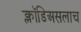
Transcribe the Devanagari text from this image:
क्लॉडिअसलाच